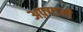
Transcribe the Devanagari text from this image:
अफ़्गानी